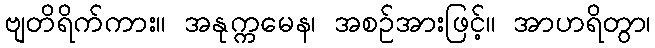
ဗျတိရိက်ကား။ အနုက္ကမေန၊ အစဉ်အားဖြင့်။ အာဟရိတွာ၊